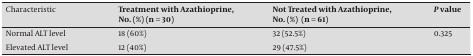
<table><thead><tr><td><b>Characteristic</b></td><td><b>Treatment with Azathioprine, No. (%) (n = 30)</b></td><td><b>Not Treated with Azathioprine, No. (%) (n = 61)</b></td><td><b><i>P</i> value</b></td></tr></thead><tbody><tr><td>Normal ALT level</td><td>18 (60%)</td><td>32 (52.5%)</td><td rowspan="2">0.325</td></tr><tr><td>Elevated ALT level</td><td>12 (40%)</td><td>29 (47.5%)</td></tr></tbody></table>